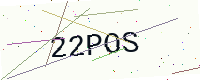
Text: 22POS